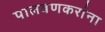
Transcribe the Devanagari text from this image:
पालवणकरांना